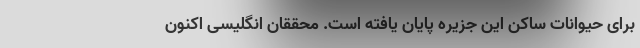
برای حیوانات ساکن این جزیره پایان یافته است. محققان انگلیسی اکنون